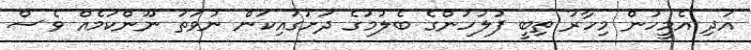
އަދި އެމީހުން މިހާރު ތިބީ ފުލުހުންގެ ބެލުމުގެ ދަށުގައިކަން ނުވަތަ ނޫންކަމެއް ވެސް